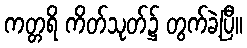
ကတ္တရိ ကိတ်သုတ်၌ တွက်ခဲ့ပြီ။